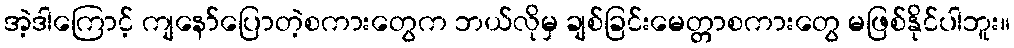
အဲ့ဒါကြောင့် ကျနော်ပြောတဲ့စကားတွေက ဘယ်လိုမှ ချစ်ခြင်းမေတ္တာစကားတွေ မဖြစ်နိုင်ပါဘူး။